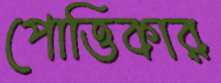
পোত্তিকার